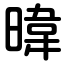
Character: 暐